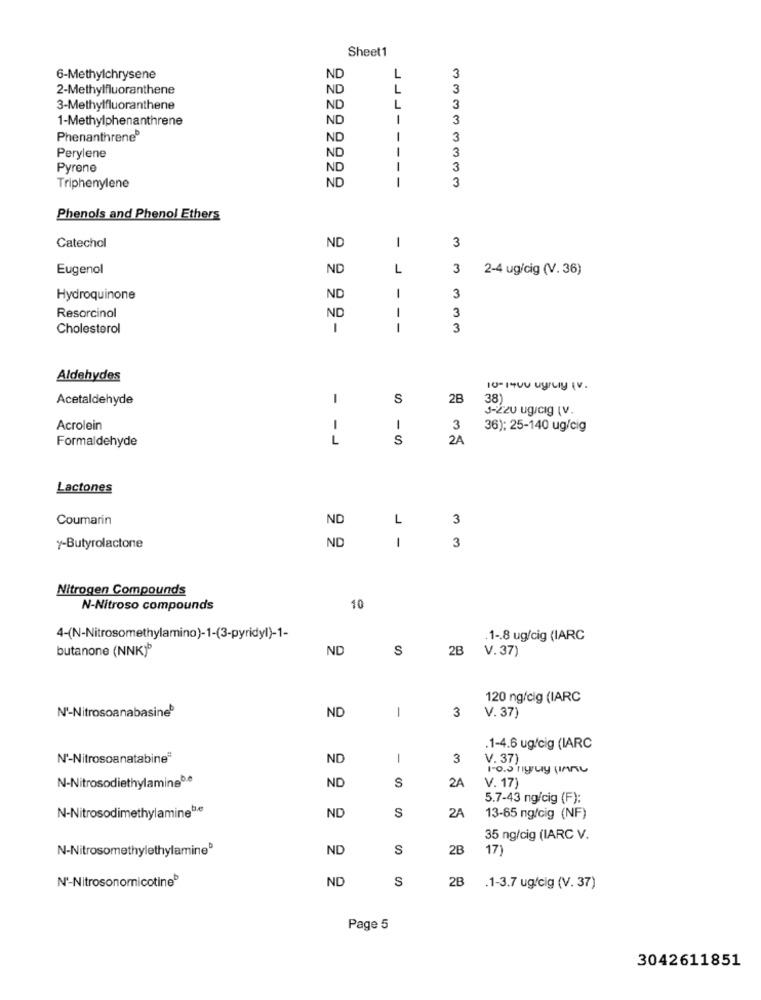
Sheet1
L
6-Methylchrysene
ND
3
2-Methylfluoranthene
ND
3
3-Methylfluoranthene
ND
3
1-Methylphenanthrene
ND
-
3
Phenanthrene®
ND
3
3
Perylene
ND
Pyrene
ND
---
3
ND
Triphenylene
3
Phenols and Phenol Ethers
ND
1
3
Catechol
Eugenol
ND
L
3
2-4 ug/cig (V. 36)
Hydroquinone
ND
1
3
3
Resorcinol
ND
Cholesterol
1
- -
3
Aldehydes
Acetaldehyde
1
S
2B
38)
3-220 ug/cig (v.
Acrolein
1
3
36): 25-140 ug/cig
Formaldehyde
- -
S
2A
Lactones
Coumarin
ND
L
3
ND
7-Butyrolactone
1
3
Nitrogen Compounds
N-Nitroso compounds
10
4-(N-Nitrosomethylamino)-1-(3-pyridyl)-1-
1 -. 8 ug/cig (IARC
butanone (NNK)*
ND
S
2B
V. 37)
120 ng/cig (IARC
Nº-Nitrosoanabasine
ND
1
3
V. 37
.1-4.6 ug/cig (IARC
N'-Nitrosoanatabine"
ND
1
3
V. 37)
1-0.0 nyy
ND
S
2A
N-NitrosodiethylamineDe
V. 17)
5.7-43 ng/cig (F):
ND
S
2A
N-Nitrosodimethylaminebe
13-65 ng/cig (NF)
35 ng/cig (IARC V.
N-NitrosomethylethylamineD
ND
S
2B
17)
N'-Nitrosonomnicotine®
ND
S
2B
.1-3.7 ug/cig (V. 37)
Page 5
3042611851